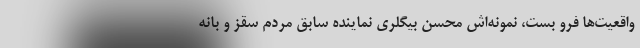
واقعيت‌ها فرو بست، نمونه‌اش محسن بيگلري نماينده سابق مردم سقز و بانه